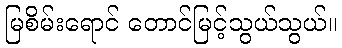
မြစိမ်းရောင် တောင်မြင့်သွယ်သွယ်။